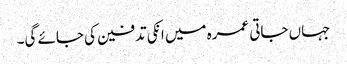
جہاں جاتی عمرہ میں انکی تدفین کی جائے گی۔